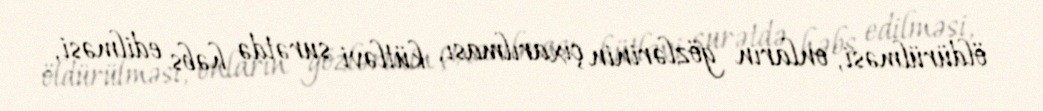
öldürülməsi, onların gözlərinin çıxarılması, kütləvi surətdə həbs edilməsi,